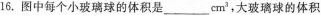
16.图中每个小玻璃球的体积是_____cm^{3}。大玻璃球的体积